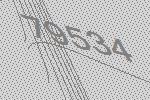
79534